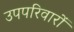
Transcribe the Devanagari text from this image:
उपपरिवारों